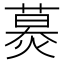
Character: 𦹪